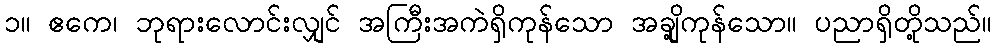
၁။ ဧကေ၊ ဘုရားလောင်းလျှင် အကြီးအကဲရှိကုန်သော အချို့ကုန်သော။ ပညာရှိတို့သည်။